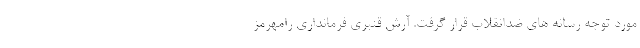
مورد توجه رسانه های ضدانقلاب قرار گرفت. آرش قنبری فرمانداری رامهرمز